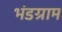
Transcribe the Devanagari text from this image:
भंडग्राम